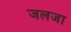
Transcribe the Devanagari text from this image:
जलजा